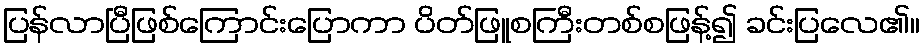
ပြန်လာပြီဖြစ်ကြောင်းပြောကာ ပိတ်ဖြူစကြီးတစ်စဖြန့်၍ ခင်းပြလေ၏။